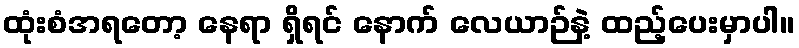
ထုံးစံအရတော့ နေရာ ရှိရင် နောက် လေယာဉ်နဲ့ ထည့်ပေးမှာပါ။